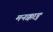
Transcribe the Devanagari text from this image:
मनक्काड्न